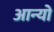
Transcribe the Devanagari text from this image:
आन्‍यो